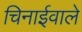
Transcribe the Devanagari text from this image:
चिनाईवाले